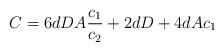
LaTeX: \begin{align*}C = 6 d D A \frac{c_1}{c_2} + 2dD + 4dAc_1\end{align*}